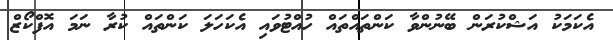
އެކަމަކު އަޝްކުރަން ބޭނުންވާ ކަންތައްތައް ހުއްޓުވައި އެކަހަލަ ކަންތައް ކުރާ ނަމަ އޮފްކޯޒް